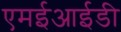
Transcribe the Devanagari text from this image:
एमईआईडी